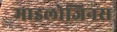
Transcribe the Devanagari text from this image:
माइलोजिनस